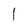
Character: l